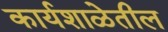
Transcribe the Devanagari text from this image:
कार्यशाळेतील